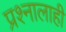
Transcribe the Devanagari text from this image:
प्रश्नालाही